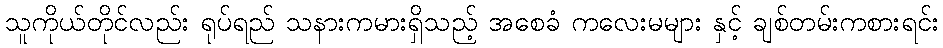
သူကိုယ်တိုင်လည်း ရုပ်ရည် သနားကမားရှိသည့် အစေခံ ကလေးမများ နှင့် ချစ်တမ်းကစားရင်း